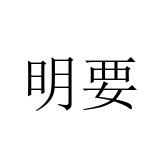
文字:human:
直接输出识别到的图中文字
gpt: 明要